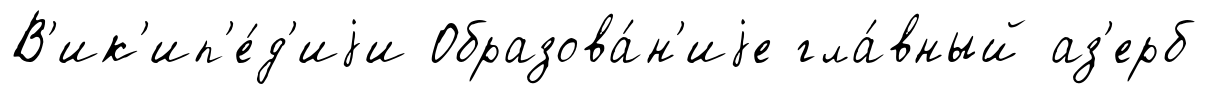
В'ик'ип'е́д'иjи Образова́н'иjе гла́вный аз'ерб